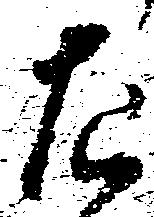
左